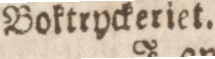
Boktryckeriet.